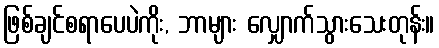
ဖြစ်ချင်စရာပေပဲကိုး, ဘာများ လျှောက်သွားသေးတုန်း။